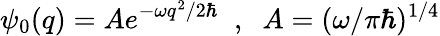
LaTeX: \psi_{0}(q)=Ae^{-\omega q^{2}/2\hbar}\; \; ,\; \; A=(\omega/\pi\hbar)^{1/4}